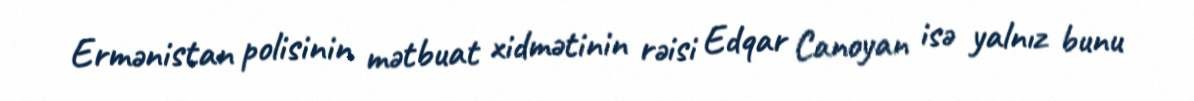
Ermənistan polisinin mətbuat xidmətinin rəisi Edqar Canoyan isə yalnız bunu